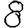
Digit: 8